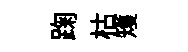
踘枯矱